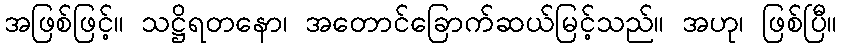
အဖြစ်ဖြင့်။ သဋ္ဌိရတနော၊ အတောင်ခြောက်ဆယ်မြင့်သည်။ အဟု၊ ဖြစ်ပြီ။